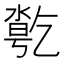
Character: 𠄄